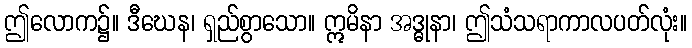
ဤလောက၌။ ဒီဃေန၊ ရှည်စွာသော။ ဣမိနာ အဒ္ဓုနာ၊ ဤသံသရာကာလပတ်လုံး။